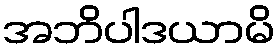
အဘိပါဒယာမိ